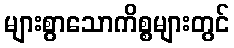
များစွာသောကိစ္စများတွင်